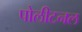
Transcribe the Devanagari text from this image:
पोलीटनल